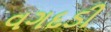
વગદડી